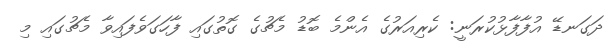
ދަގަނޑޭ އުފާފާޅުކުރަނީ: ކެރިއަރުގެ އެންމެ ބޮޑު މެޗުގެ ގޮތުގައި ފާހަގަވެފައިވާ މެޗުގައި މި